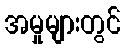
အမှုများတွင်